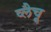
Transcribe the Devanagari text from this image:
व्लैचू